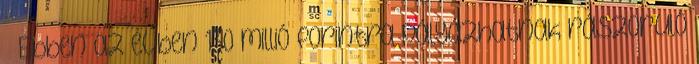
– Ebben az évben 130 millió forintra pályázhatnak rászoruló